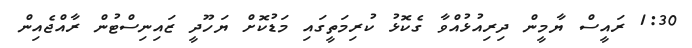
1:30 ރައީސް ޔާމީން ދިރިއުޅުއްވާ ގެކޮޅު ކުރިމަތީގައި މަޑުކޮށް ޔަހޫދީ ޒައިނިސްޓުން ރާއްޖެއިން